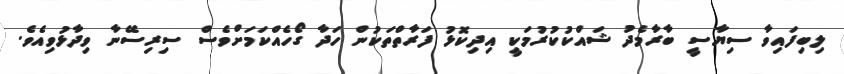
ލިބިފައިވާ ސިޔާސީ ބާރާމެދު ޝައްކުކުރުމަކީ އިދިކޮޅު ފަރާތްތަކުން ހަދާ ގޯހެއްކަމަށްވެސް ސިރިސޭނާ ވިދާޅުވިއެވެ.